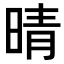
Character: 晴